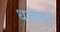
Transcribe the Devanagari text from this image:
धजावले